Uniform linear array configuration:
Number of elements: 32
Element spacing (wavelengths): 0.75
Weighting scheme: hamming
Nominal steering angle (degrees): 45
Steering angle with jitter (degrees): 44.575
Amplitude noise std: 0.05
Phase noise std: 0.05

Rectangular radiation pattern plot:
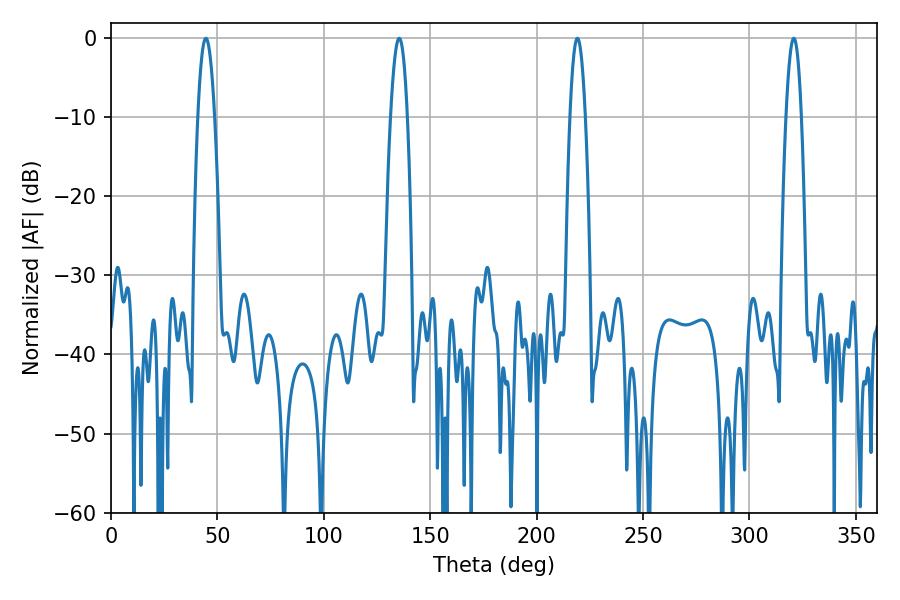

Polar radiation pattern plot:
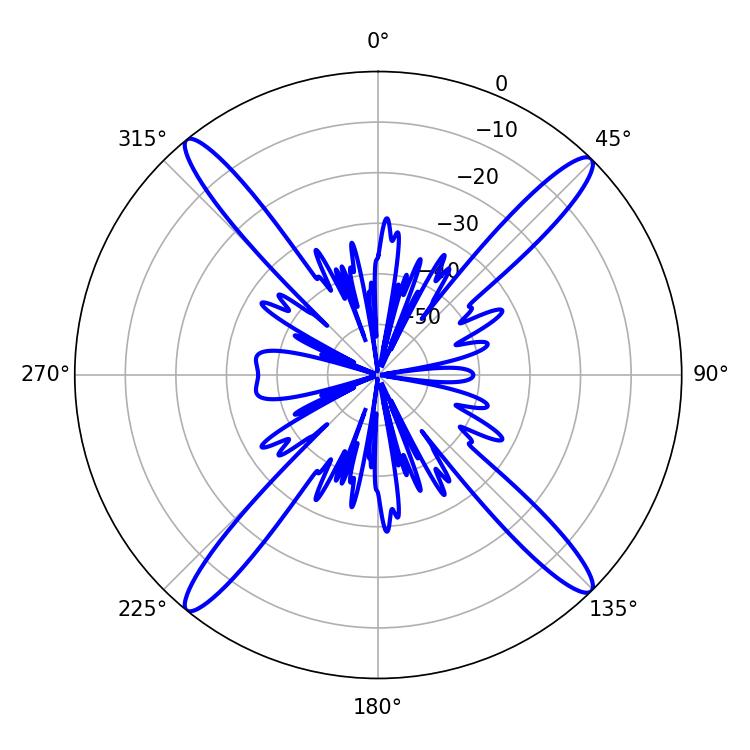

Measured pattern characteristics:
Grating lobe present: TRUE
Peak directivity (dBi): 19.972
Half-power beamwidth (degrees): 4.32
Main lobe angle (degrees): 44.64